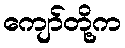
ကျော်တို့က